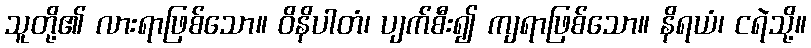
သူတို့၏ လားရာဖြစ်သော။ ဝိနိပါတံ၊ ပျက်စီး၍ ကျရာဖြစ်သော။ နိရယံ၊ ငရဲသို့။